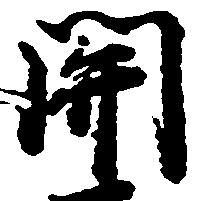
関